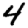
Digit: 4